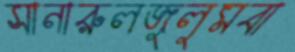
সানারুলজুলুমবা